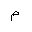
Letter: _mim